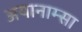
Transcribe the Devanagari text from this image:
अयानाम्सा